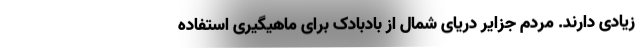
زیادی دارند. مردم جزایر دریای شمال از بادبادک برای ماهیگیری استفاده